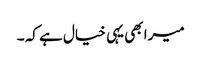
میرا بھی یہی خیال ہے کہ ۔